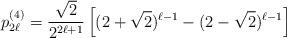
LaTeX: \begin{align*}p_{2 \ell}^{(4)} = \frac{\sqrt{2}}{2^{2 \ell + 1}} \left[ ( 2 + \sqrt{2})^{\ell -1} - (2 - \sqrt{2})^{\ell -1} \right]\end{align*}